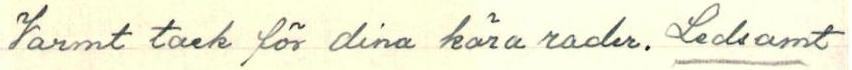
Varmt tack för dina kära rader. Ledsamt